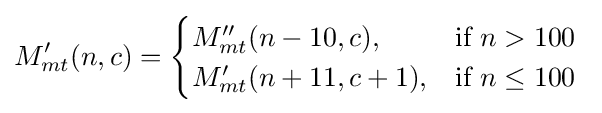
M_{mt}'(n,c)={\begin{cases}M_{mt}''(n-10,c),&{\mbox{if }}n>100{\mbox{ }}\\M_{mt}'(n+11,c+1),&{\mbox{if }}n\leq 100{\mbox{ }}\end{cases}}